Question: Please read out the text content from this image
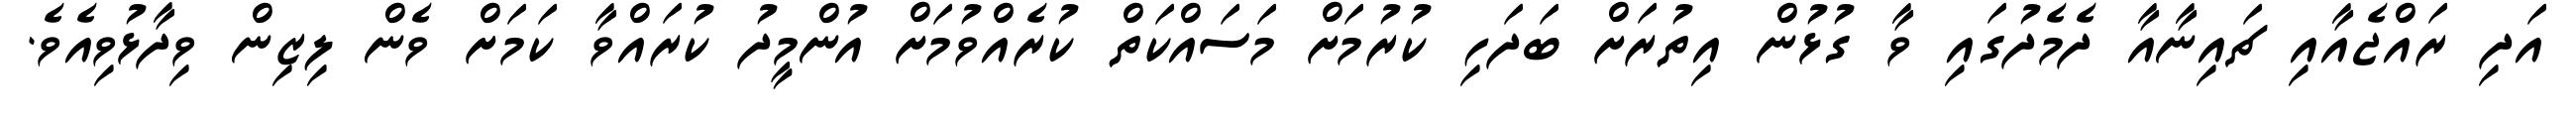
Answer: އަދި ރައްޖެއާއި ޗައިނާއާ ދެމެދުގައި ވާ ގުޅުން އިތުރަށް ބަދަހި ކުރުމަށް މަސައްކަތް ކުރެއްވުމަށް އުންމީދު ކުރައްވާ ކަމަށް ވެން ލިޒިން ވިދާޅުވިއެވެ.